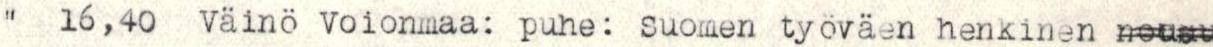
"  16,40  Väinö Voionmaa: puhe: Suomen työväen henkinen nousu